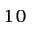
_ { 1 0 }